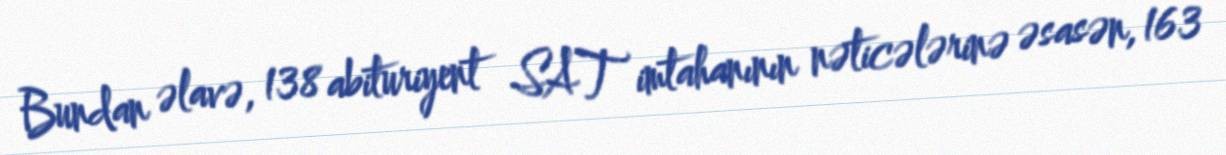
Bundan əlavə, 138 abituriyent SAT imtahanının nəticələrinə əsasən, 163